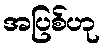
အပြစ်ဟု